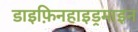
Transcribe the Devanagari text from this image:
डाइफ़िनहाइड्रमाइन